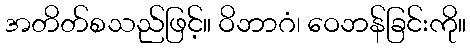
အတိတ်စသည်ဖြင့်။ ဝိဘာဂံ၊ ဝေဘန်ခြင်းကို။